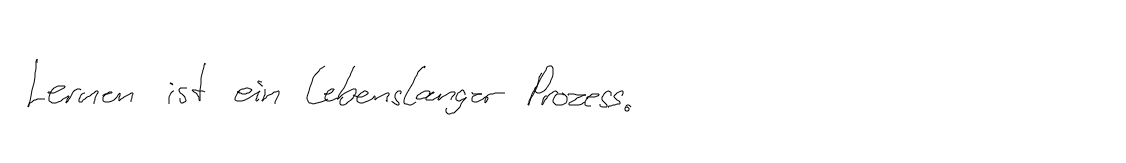
Lernen ist ein lebenslanger Prozess.